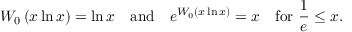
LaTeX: W _ { 0 } \left( x \ln x \right) = \ln x \quad { \mathrm { a n d } } \quad e ^ { W _ { 0 } \left( x \ln x \right) } = x \quad { \mathrm { f o r ~ } } { \frac { 1 } { e } } \leq x .